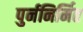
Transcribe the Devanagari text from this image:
पुर्ननिर्मित